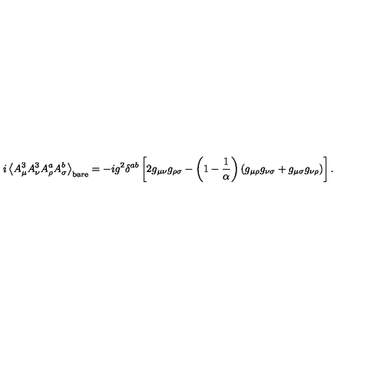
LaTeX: i \left< A _ { \mu } ^ { 3 } A _ { \nu } ^ { 3 } A _ { \rho } ^ { a } A _ { \sigma } ^ { b } \right> _ { \mathrm { b a r e } } = - i g ^ { 2 } \delta ^ { a b } \left[ 2 g _ { \mu \nu } g _ { \rho \sigma } - \left( 1 - \frac 1 \alpha \right) ( g _ { \mu \rho } g _ { \nu \sigma } + g _ { \mu \sigma } g _ { \nu \rho } ) \right] .